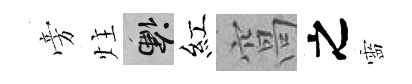
旁炷懸紅窩之靈